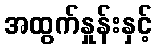
အထွက်နှုန်းနှင့်